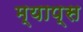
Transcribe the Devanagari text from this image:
म्याप्स